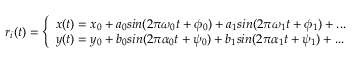
\begin{array} { r } { \boldsymbol { r } _ { i } ( t ) = \left\{ \begin{array} { l l } { x ( t ) = x _ { 0 } + a _ { 0 } s i n ( 2 \pi \omega _ { 0 } t + \phi _ { 0 } ) + a _ { 1 } s i n ( 2 \pi \omega _ { 1 } t + \phi _ { 1 } ) + . . . } \\ { y ( t ) = y _ { 0 } + b _ { 0 } s i n ( 2 \pi \alpha _ { 0 } t + \psi _ { 0 } ) + b _ { 1 } s i n ( 2 \pi \alpha _ { 1 } t + \psi _ { 1 } ) + . . . } \end{array} \right. } \end{array}